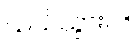
သယ်သွားပါ။